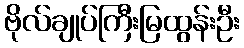
ဗိုလ်ချုပ်ကြီးမြထွန်းဦး